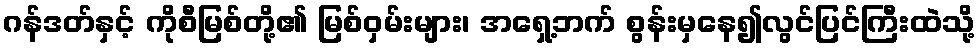
ဂန်ဒတ်နှင့် ကိုစီမြစ်တို့၏ မြစ်ဝှမ်းများ၊ အရှေ့ဘက် စွန်းမှနေ၍လွင်ပြင်ကြီးထဲသို့